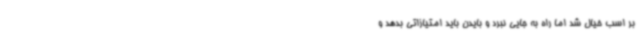
بر اسب خیال شد اما راه به جایی نبرد و بایدن باید امتیازاتی بدهد و